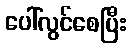
ပေါ်လွင်စေပြီး